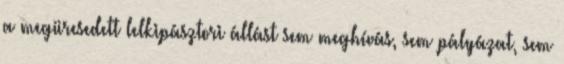
a megüresedett lelkipásztori állást sem meghívás, sem pályázat, sem